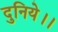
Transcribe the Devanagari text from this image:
दुनिये।।